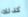
كذلك